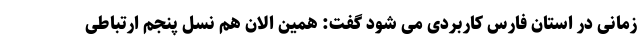
زمانی در استان فارس کاربردی می شود گفت: همین الان هم نسل پنجم ارتباطی